system: You are a helpful assistant.
user:
Analyze the provided spectrum to determine if it is a **Carbon Star (C-type)**.

- **Key Visual Indicators of Carbon Star:**
    - **(Primary):** Strong molecular absorption from **C₂ (diatomic carbon) "Swan Bands."** This is the **defining feature** of a carbon star.
        - **(Key Bandheads):** Sharp absorption edges are visible at approximately $5635$ Å, $5165$ Å (the strongest band), and $4737$ Å.
        - **(Line Profile):** Creates a distinct **"saw-tooth"** pattern. The key morphology is a sharp, steep bandhead on the **red (long-wavelength) side**, which then gradually tapers off (i.e., flux recovers) towards the **blue (short-wavelength) side**. *(This is the direct opposite of the TiO bands seen in M-type stars)*.

    - **(Secondary):** Intense **CN (cyanogen)** molecular absorption bands.
        - **(Key Bandheads):** Located in the blue and violet regions of the spectrum (e.g., near $4215$ Å and $3883$ Å).
        - **(Morphology):** These bands are extremely broad and act as a "blanket," absorbing the vast majority of blue and violet light. This creates a characteristic **"cliff"** or **"steep drop-off"** in the spectrum's flux at short wavelengths.

    - **(Key Confirmation):** Strong **CH absorption band (G-band)**.
        - **(Key Bandhead):** Located around $4300$ Å. The contribution from CH molecules to this band is exceptionally strong.

    - **(Overall Spectrum):**
        - The continuum is severely "chopped up" by these deep molecular bands, especially C₂, rather than appearing as a smooth curve.
        - Due to the heavy CN and C₂ absorption in the blue-green, the vast majority of the star's flux is concentrated in the red part of the spectrum, giving the star its characteristic deep red color.

Think first, call **spectral_visualization_tool** if needed to examine features in detail, then provide your final answer. Your response must adhere to the following strict rules:
1.  **Overall Structure:** Your response must follow the format `<think>...</think> <tool_call>...</tool_call> (if a tool is used) <answer>...</answer>`.
2.  **Tool Usage Constraint:** You may only make **one** tool call per turn.
3.  **Final Answer Format:** In the `<answer>` tag, your conclusion must be inside a `\boxed{}` command (e.g., `\boxed{YES}`), followed by your justification.

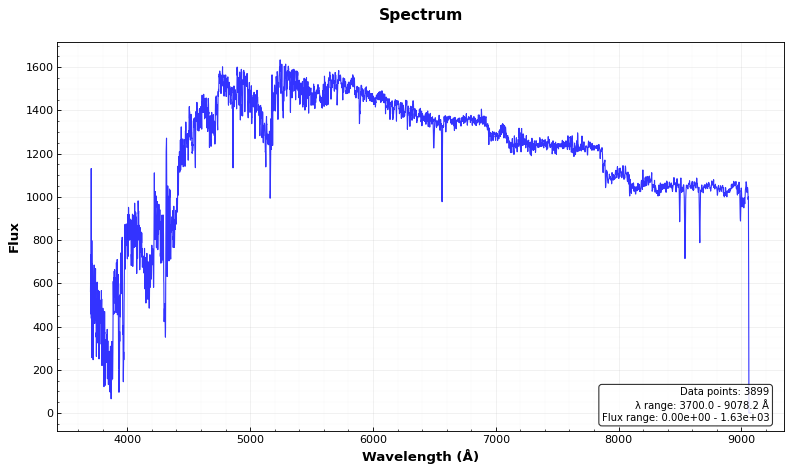
Answer: YES